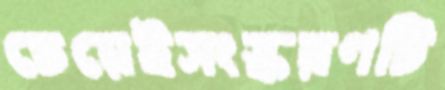
চেয়েইসংস্করণটি